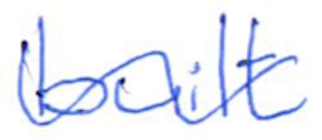
Text: built
Cross-out: wave
Writing tool: ballpoint